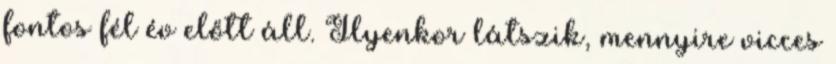
fontos fél év előtt áll. Ilyenkor látszik, mennyire vicces